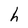
Character: h